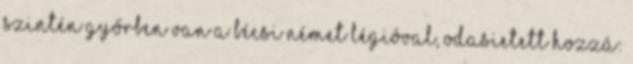
szintén Győrben van a bécsi német légióval, odasietett hozzá: